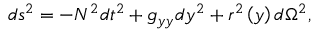
d s ^ { 2 } = - N ^ { 2 } d t ^ { 2 } + g _ { y y } d y ^ { 2 } + r ^ { 2 } \left( y \right) d \Omega ^ { 2 } ,